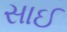
સાઈ